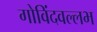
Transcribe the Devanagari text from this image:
गोविंदवल्लभ